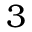
3